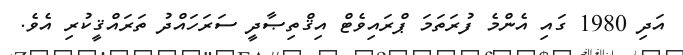
އަދި 1980 ގައި އެންމެ ފުރަތަމަ ޕްރައިވެޓް އިޤްތިޞާދީ ސަރަހައްދު ތަރައްޤީކުރި އެވެ.